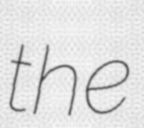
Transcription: the